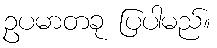
ဥပမာတခု ပြပါမည်။